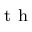
^ { \mathrm { ~ t ~ h ~ } }